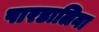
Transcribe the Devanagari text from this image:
पारडालिना